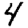
Digit: 4